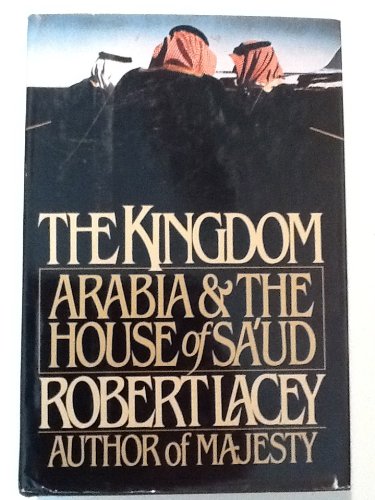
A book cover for The Kingdom: Arabia & The House of Sa'ud; Robert Lacey; History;